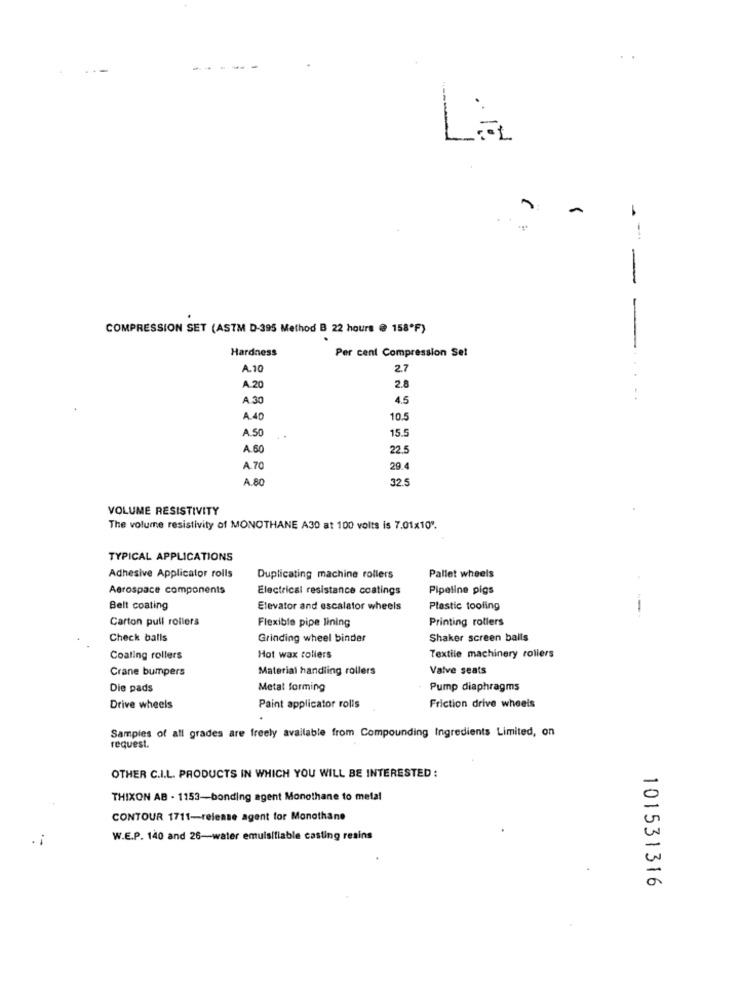
..-
--
-
La
--
-
COMPRESSION SET (ASTM D-395 Method B 22 hours @ 158ºF)
Hardness
Per cent Compression Set
A.10
2.7
A 20
2.8
A.30
4.5
A.40
10.5
A.SO
15.5
A.60
22.5
A.70
29.4
A 80
32.5
VOLUME RESISTIVITY
The volume resistivity of MONOTHANE A30 at 100 volts is 7.01x10%.
TYPICAL APPLICATIONS
Adhesive Applicator rolls
Duplicating machine rollers
Pallet wheels
Aerospace components
Electrical resistance coatings
Pipeline pigs
Belt coating
Elevator and escalator wheels
Plastic tooling
--
Carton pull rollers
Flexible pipe lining
Printing rollers
Check balls
Grinding wheel binder
Shaker screen balls
Coating rollers
Hot wax rollers
Textile machinery rollers
Crane bumpers
Material handling rollers
Valve seats
Die pads
Metal forming
Pump diaphragms
Drive wheels
Paint applicator rolls
Friction drive wheels
Samples of all grades are freely available from Compounding Ingredients Limited, on
request.
OTHER C.I.L. PRODUCTS IN WHICH YOU WILL BE INTERESTED :
THIXON AB - 1153-bonding agent Monothane to metal
CONTOUR 1711-release agent for Monothane
W.E.P. 140 and 26-water emulsifiable casting resins
101531316